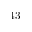
4 3